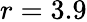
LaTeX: r=3.9